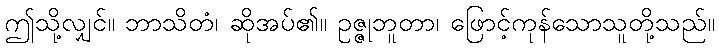
ဤသို့လျှင်။ ဘာသိတံ၊ ဆိုအပ်၏။ ဥဇ္ဇုဘူတာ၊ ဖြောင့်ကုန်သောသူတို့သည်။